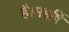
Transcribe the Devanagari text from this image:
है।महर्षि